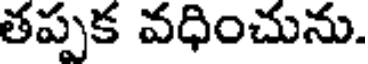
తప్పక వధించును.